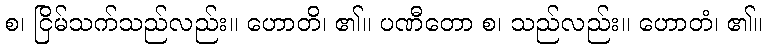
စ၊ ငြိမ်သက်သည်လည်း။ ဟောတိ၊ ၏။ ပဏီတော စ၊ သည်လည်း။ ဟောတံ၊ ၏။